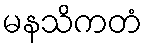
မနသိကတံ